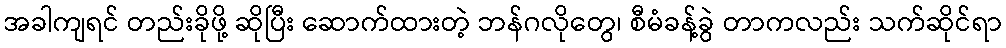
အခါကျရင် တည်းခိုဖို့ ဆိုပြီး ဆောက်ထားတဲ့ ဘန်ဂလိုတွေ၊ စီမံခန့်ခွဲ တာကလည်း သက်ဆိုင်ရာ